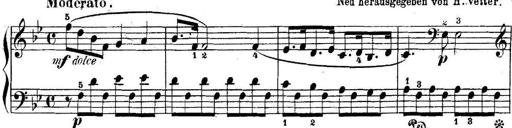
Title: 5 Sonatinas
Composer: Theodor Kirchner